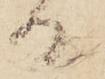
日